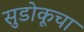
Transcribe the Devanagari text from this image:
सुडोकूचा